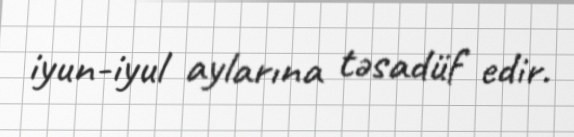
iyun-iyul aylarına təsadüf edir.